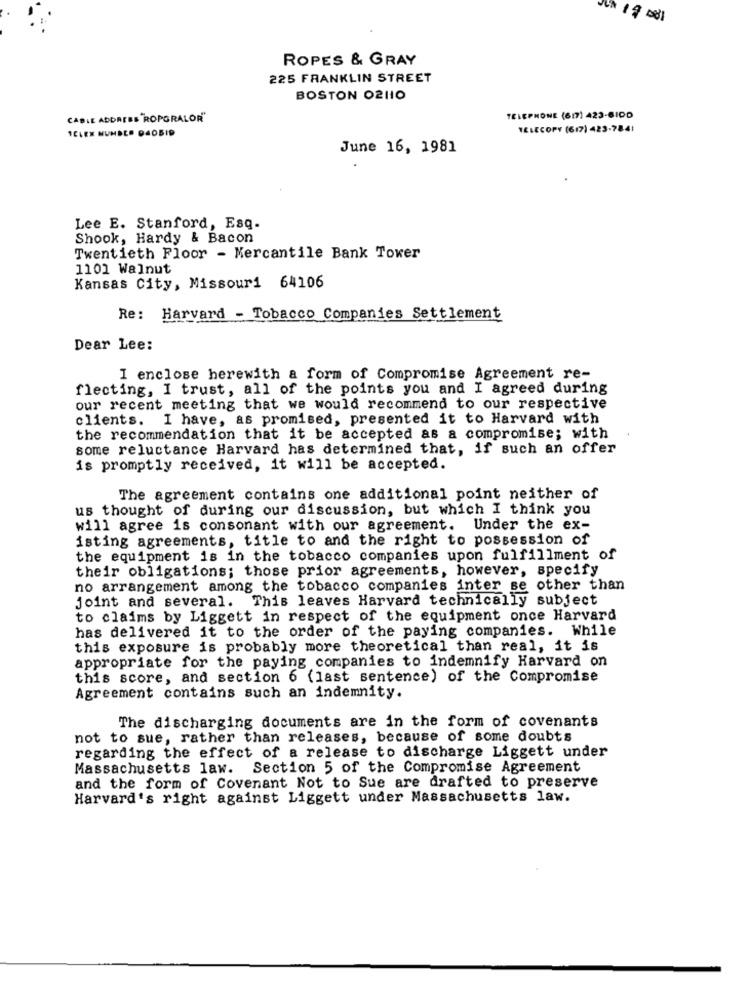
ROPES & GRAY
225 FRANKLIN STREET
BOSTON 02110
CABLE ADDRESS ROPORALOR"
TELEPHONE (617) 423-6100
TELEN NUMBER PADBID
TELECOPY (617) 423-7841
June 16, 1981
Lee E. Stanford, Esq.
Shook, Hardy & Bacon
Twentieth Floor - Mercantile Bank Tower
1101 Walnut
Kansas City, Missouri 64106
Re: Harvard - Tobacco Companies Settlement
Dear Lee:
I enclose herewith a form of Compromise Agreement re-
flecting, I trust, all of the points you and I agreed during
our recent meeting that we would recommend to our respective
clients. I have, as promised, presented it to Harvard with
the recommendation that it be accepted as a compromise; with
some reluctance Harvard has determined that, if such an offer
is promptly received, it will be accepted.
The agreement contains one additional point neither of
us thought of during our discussion, but which I think you
will agree is consonant with our agreement. Under the ex-
isting agreements, title to and the right to possession of
the equipment is in the tobacco companies upon fulfillment of
their obligations; those prior agreements, however, specify
no arrangement among the tobacco companies inter se other than
joint and several. This leaves Harvard technically subject
to claims by Liggett in respect of the equipment once Harvard
has delivered it to the order of the paying companies. While
this exposure is probably more theoretical than real, it is
appropriate for the paying companies to indemnify Harvard on
this score, and section 6 (last sentence) of the Compromise
Agreement contains such an indemnity.
The discharging documents are in the form of covenants
not to sue, rather than releases, because of some doubts
regarding the effect of a release to discharge Liggett under
Massachusetts law. Section 5 of the Compromise Agreement
and the form of Covenant Not to Sue are drafted to preserve
Harvard's right against Liggett under Massachusetts law.